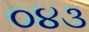
૦૪૩